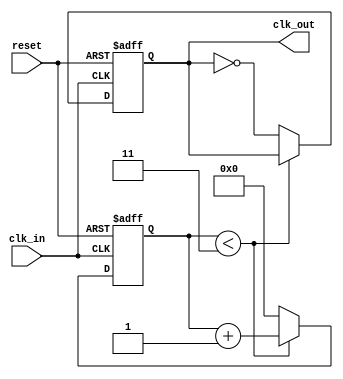
module clock_divider #(
    parameter DIV_FACTOR = 4  // Division factor, should be a positive integer
)(
    input wire clk_in,         // Input clock signal
    input wire reset,          // Active high asynchronous reset
    output reg clk_out         // Output divided clock signal
);

    // Internal signal to count clock cycles
    reg [31:0] count;          // Counter to track clock cycles

    // Always block for clock division
    always @(posedge clk_in or posedge reset) begin
        if (reset) begin
            count <= 0;        // Reset the counter
            clk_out <= 0;      // Initialize output clock to low
        end else begin
            if (count < (DIV_FACTOR - 1)) begin
                count <= count + 1; // Increment the counter
            end else begin
                count <= 0;        // Reset the counter
                clk_out <= ~clk_out; // Toggle the output clock
            end
        end
    end

endmodule